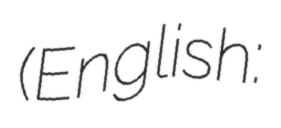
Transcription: (English: